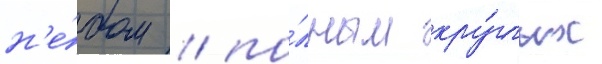
н'е́бом / по́лным кру́глых